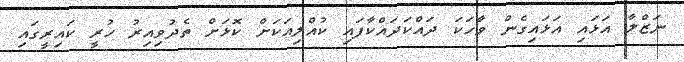
ނަޒްލާ އަޅައި އަޅައިގެން ވާހަކަ ދައްކަދައްކާފައި ކުއްލިއަކަށް ކޮޅަށް ތެދުވިއިރު ހުރީ ކައިރީގައި